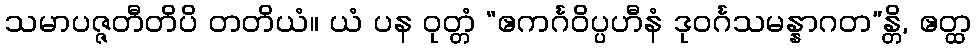
သမာပဇ္ဇတီတိပိ တတိယံ။ ယံ ပန ဝုတ္တံ “ဧကင်္ဂဝိပ္ပဟီနံ ဒုဝင်္ဂသမန္နာဂတ”န္တိ, ဧတ္ထ